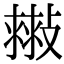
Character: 𢿷